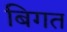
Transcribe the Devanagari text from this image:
बिगत